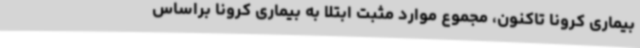
بیماری کرونا تاکنون، مجموع موارد مثبت ابتلا به بیماری کرونا براساس